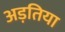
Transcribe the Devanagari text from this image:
अड़तिया